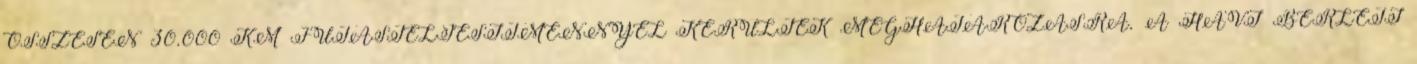
ÖSSZESEN 30.000 KM FUTÁSTELJESÍTMÉNNYEL KERÜLTEK MEGHATÁROZÁSRA. A HAVI BÉRLETI